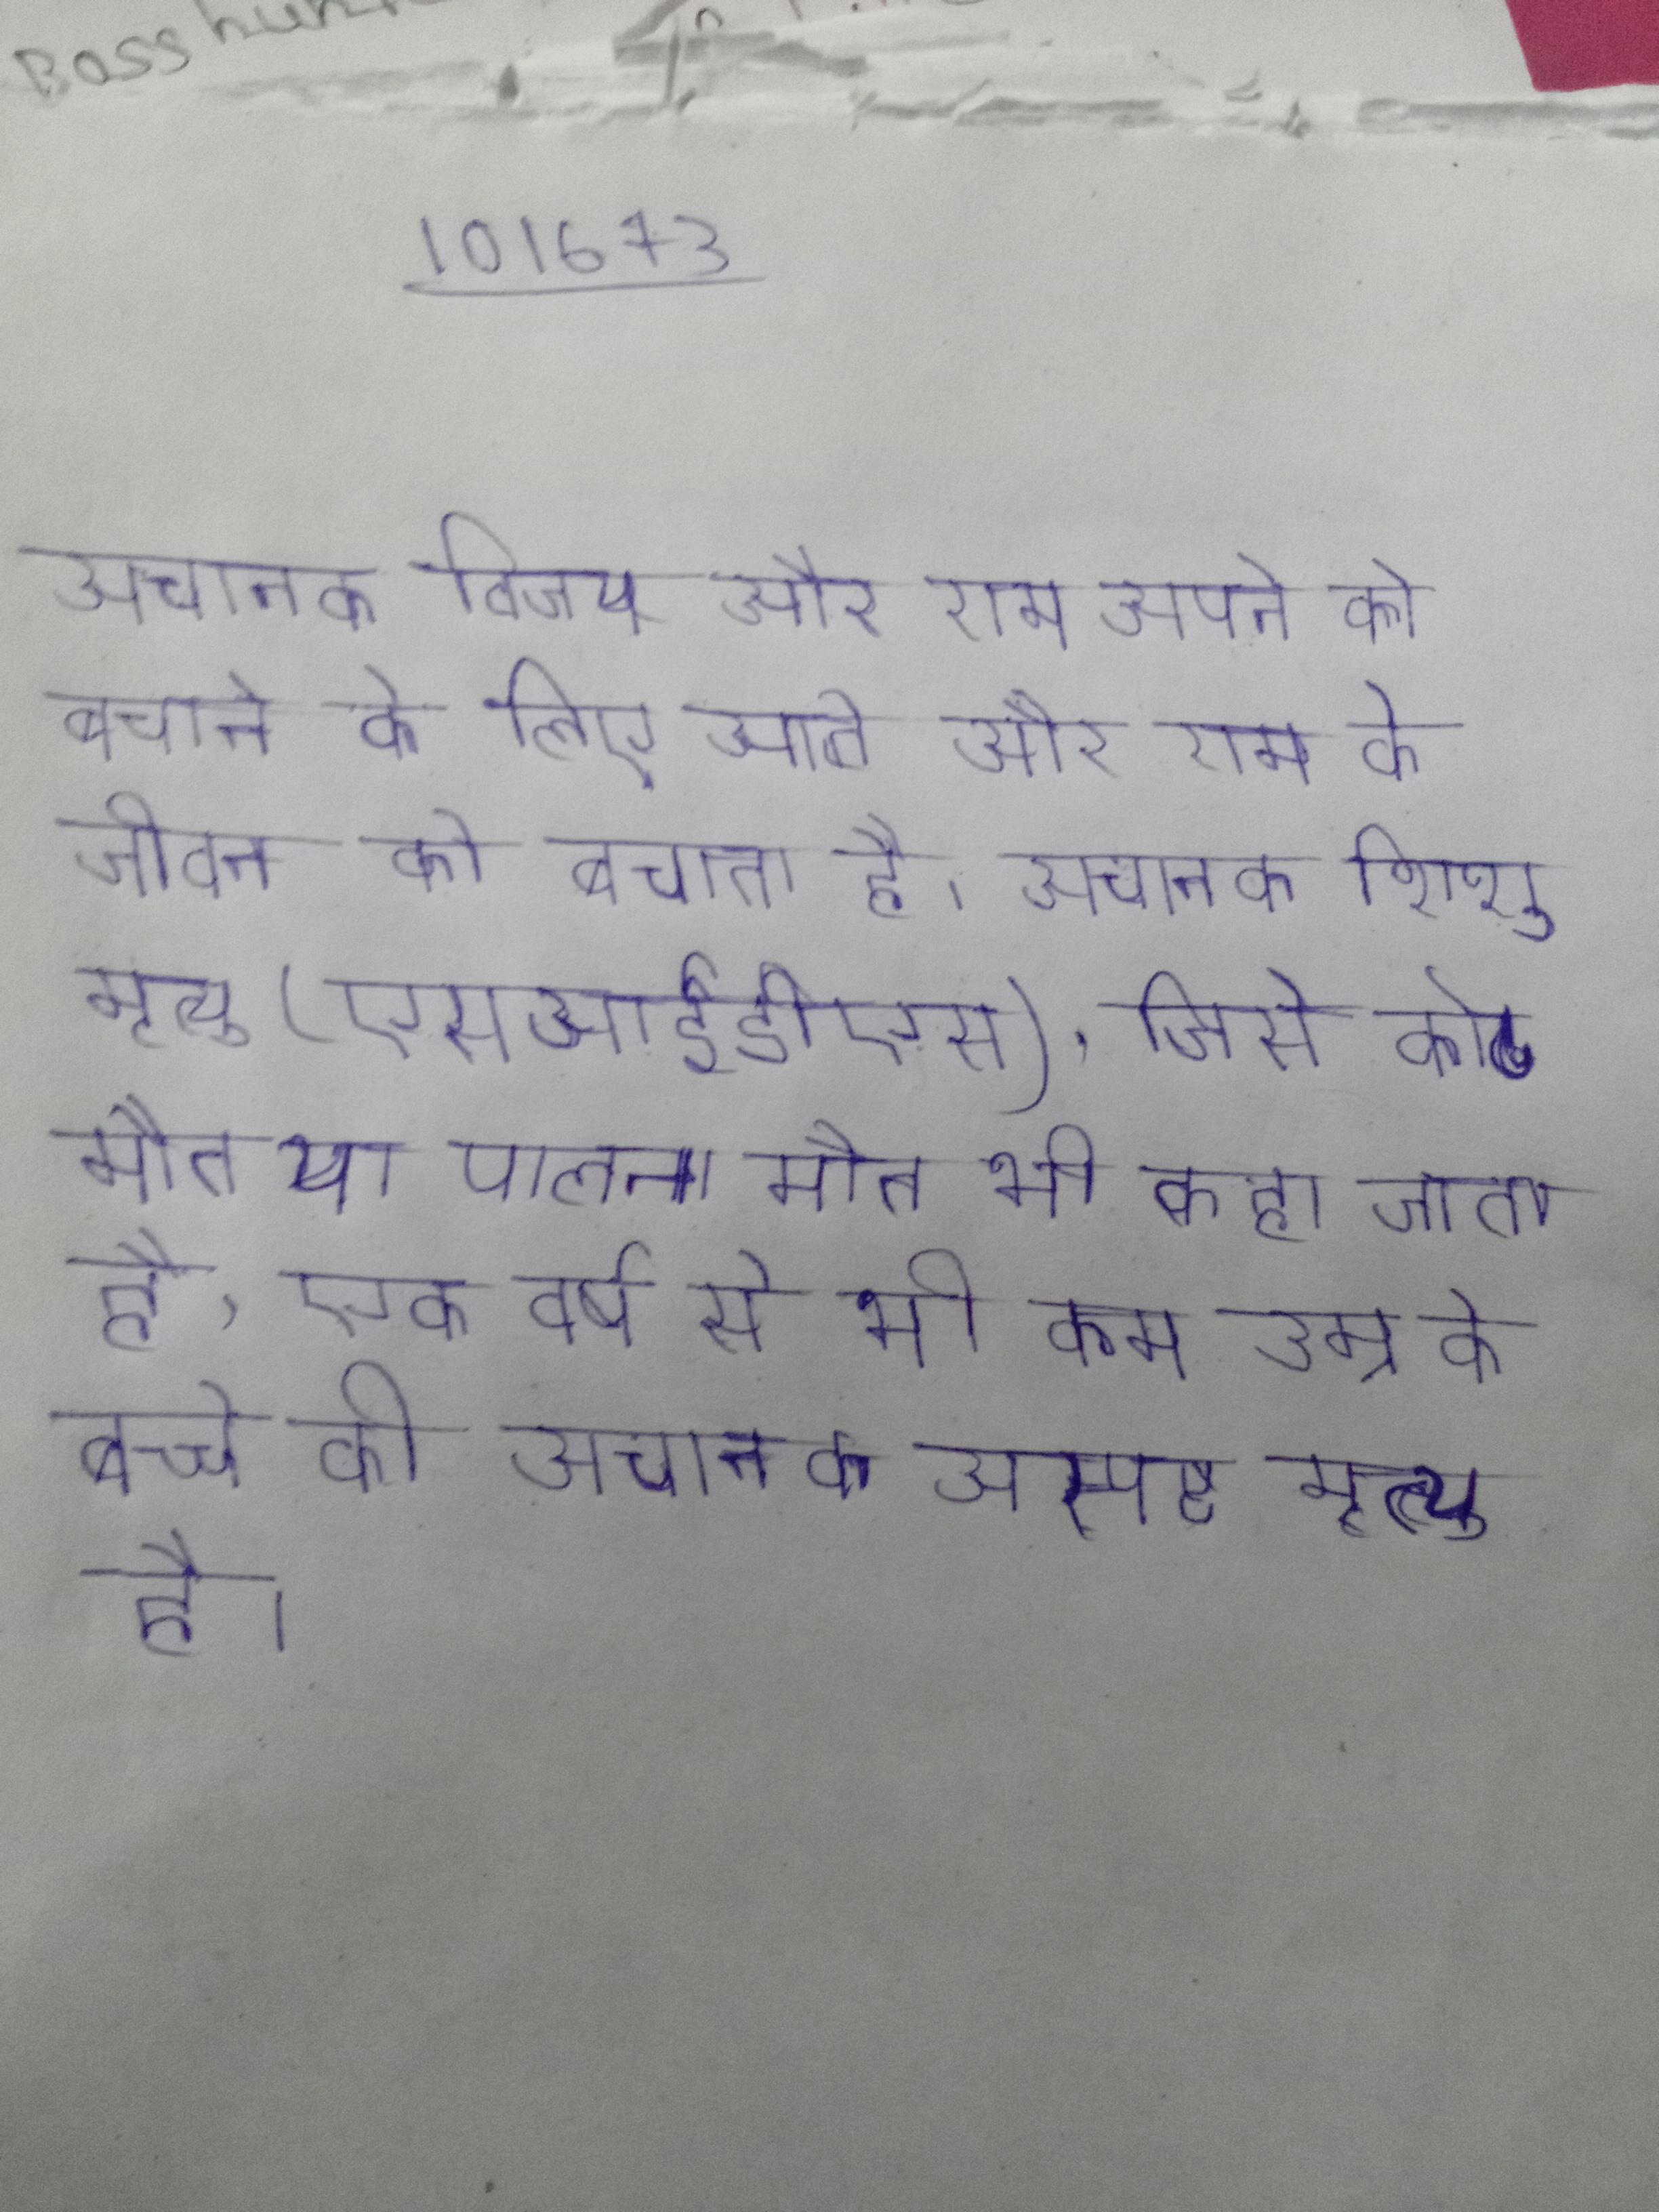
अचानक विजय और राम अपने को बचाने के लिए आते और राम के जीवन को बचाता है । अचानक शिशु मृत्यु (एसआईडीएस), जिसे कोट मौत या पालना मौत भी कहा जाता है, एक वर्ष से भी कम उम्र के बच्चे की अचानक अस्पष्ट मृत्यु है ।